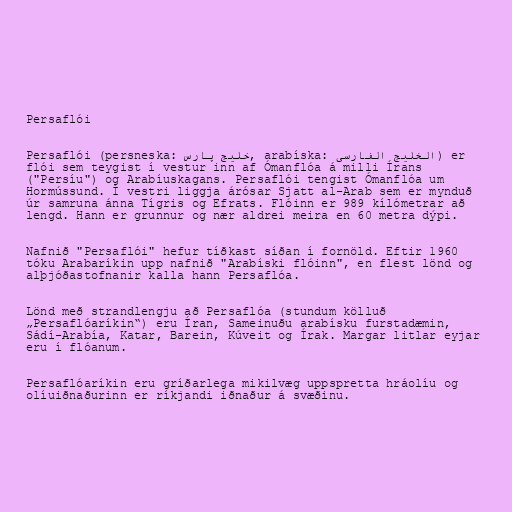
Persaflói

Persaflói (persneska: خلیج پارس, arabíska: الخليج الفارسی) er
flói sem teygist í vestur inn af Ómanflóa á milli Írans
("Persíu") og Arabíuskagans. Persaflói tengist Ómanflóa um
Hormússund. Í vestri liggja árósar Sjatt al-Arab sem er mynduð
úr samruna ánna Tígris og Efrats. Flóinn er 989 kílómetrar að
lengd. Hann er grunnur og nær aldrei meira en 60 metra dýpi.

Nafnið "Persaflói" hefur tíðkast síðan í fornöld. Eftir 1960
tóku Arabaríkin upp nafnið "Arabíski flóinn", en flest lönd og
alþjóðastofnanir kalla hann Persaflóa.

Lönd með strandlengju að Persaflóa (stundum kölluð
„Persaflóaríkin“) eru Íran, Sameinuðu arabísku furstadæmin,
Sádí-Arabía, Katar, Barein, Kúveit og Írak. Margar litlar eyjar
eru í flóanum.

Persaflóaríkin eru gríðarlega mikilvæg uppspretta hráolíu og
olíuiðnaðurinn er ríkjandi iðnaður á svæðinu.